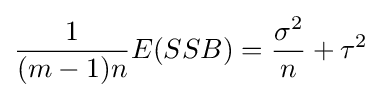
{\frac {1}{(m-1)n}}E(SSB)={\frac {\sigma ^{2}}{n}}+\tau ^{2}